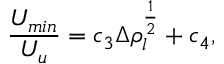
\frac { U _ { m i n } } { U _ { u } } = c _ { 3 } \Delta \rho _ { l } ^ { \frac { 1 } { 2 } } + c _ { 4 } ,